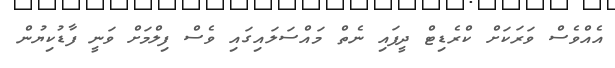
އެއްވެސް ވަރަކަށް ކްރެޑިޓް ދީފައި ނެތް މައްސަލައިގައި ވެސް ފިލްމަށް ވަނީ ފާޑުކިޔުން